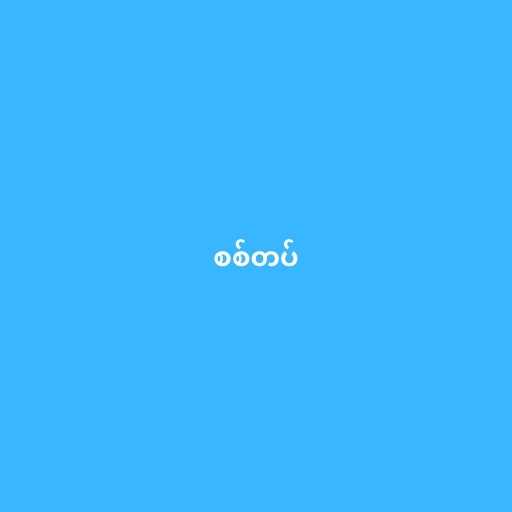
စစ်တပ်